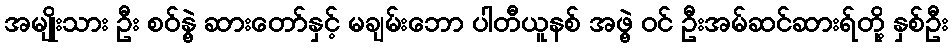
အမျိုးသား ဦး စဝ်နွဲ့ ဆားတော်နှင့် မချမ်းဘော ပါတီယူနစ် အဖွဲ့ ဝင် ဦးအမ်ဆင်ဆားရ်တို့ နှစ်ဦး